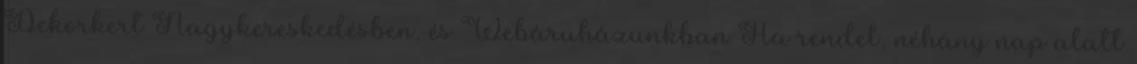
Dekorkert Nagykereskedésben, és Webáruházunkban Ha rendel, néhány nap alatt